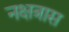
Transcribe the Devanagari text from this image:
नक्षत्रास